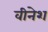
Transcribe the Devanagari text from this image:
वीनेश